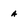
Character: A